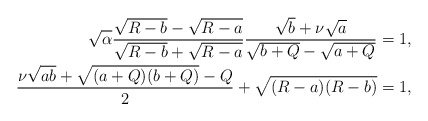
\begin{align*}\sqrt{\alpha}\frac{\sqrt{R-b}-\sqrt{R-a}}{\sqrt{R-b}+\sqrt{R-a}}\frac{\sqrt{b}+\nu\sqrt{a}}{\sqrt{b+Q}-\sqrt{a+Q}}&=1,\\\frac{\nu\sqrt{ab}+\sqrt{(a+Q)(b+Q)}-Q}{2}+\sqrt{(R-a)(R-b)}&=1,\end{align*}